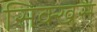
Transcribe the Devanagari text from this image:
सिक्खस्